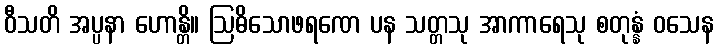
ဝီသတိ အပ္ပနာ ဟောန္တိ။ ဩဓိသောဖရဏေ ပန သတ္တသု အာကာရေသု စတုန္နံ ဝသေန